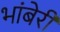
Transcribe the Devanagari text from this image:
भांबेरी